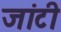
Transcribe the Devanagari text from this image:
जांटी